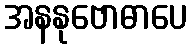
အနနုဗောဓာပေ